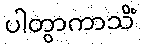
ပါတွာကာသိံ